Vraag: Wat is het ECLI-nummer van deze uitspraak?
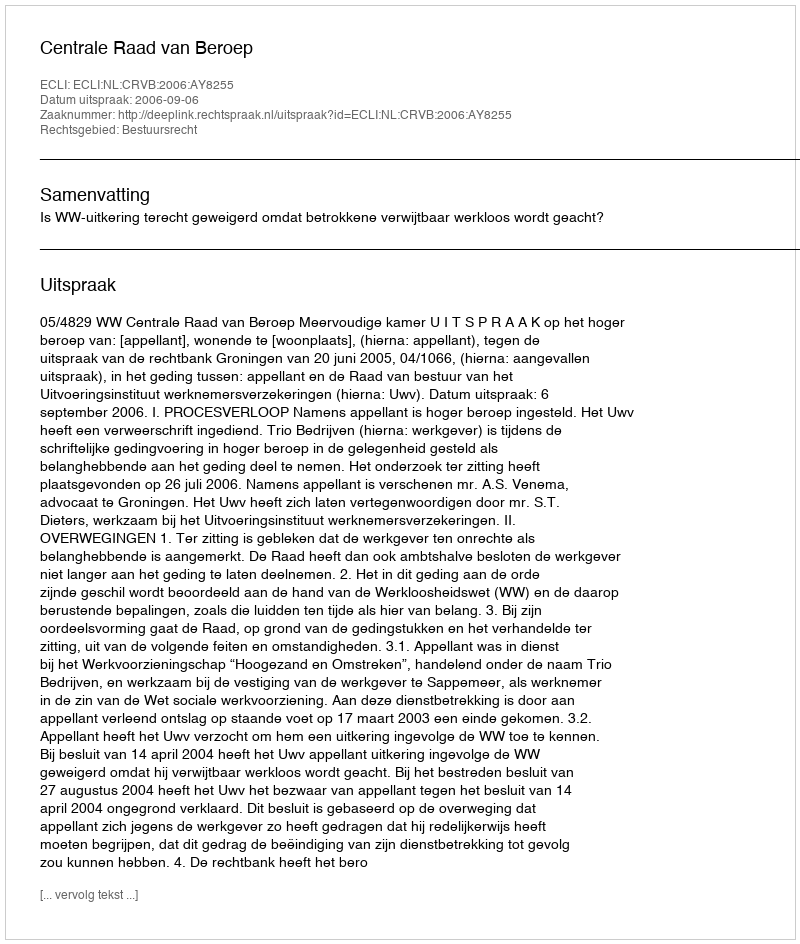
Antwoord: ECLI:NL:CRVB:2006:AY8255